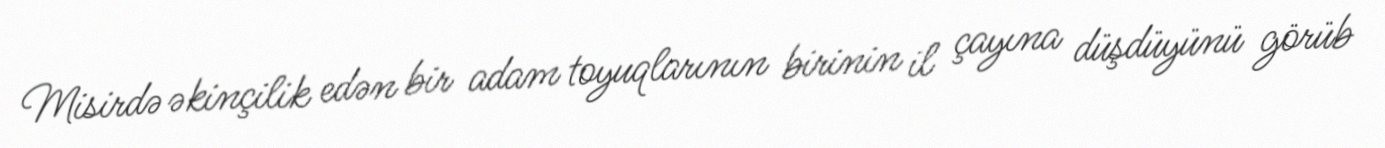
Misirdə əkinçilik edən bir adam toyuqlarının birinin il çayına düşdüyünü görüb